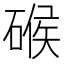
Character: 𱴞